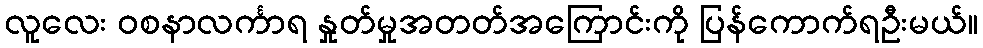
လူလေး ဝစနာလင်္ကာရ နှုတ်မှုအတတ်အကြောင်းကို ပြန်ကောက်ရဦးမယ်။